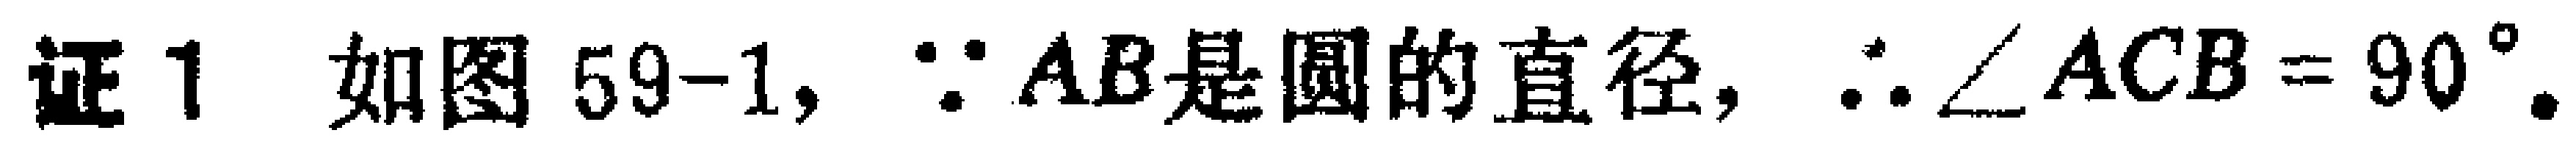
证 1 如图 59-1, $\because AB$是圆的直径, $\therefore \angle ACB = 90^{\circ}$.